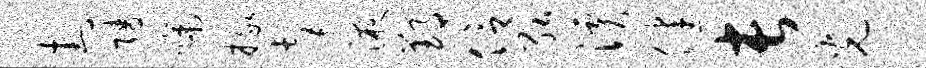
封陵啼掾髦液郢信弘溪健长光